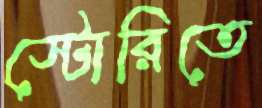
স্টোরিতে